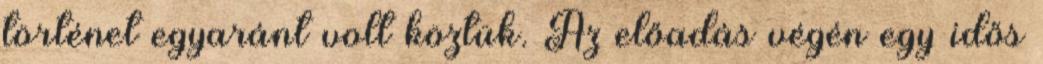
történet egyaránt volt köztük. Az előadás végén egy idős